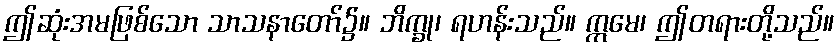
ဤဆုံးအမဖြစ်သော သာသနာတော်၌။ ဘိက္ခု၊ ရဟန်းသည်။ ဣမေ၊ ဤတရားတို့သည်။